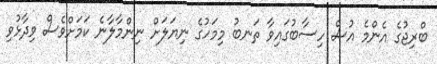
ބްރިޖުގެ އެންމެ އުސް ހިސާބުގައިވާ ތަނބު މިމަހުގެ ނިޔަލަށް ނިންމާލާނެ ކަމަށްވެސް ވިދާޅުވި